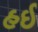
હઈ